Manual of the Civil Veterinary Department, Central Provinces and Berar
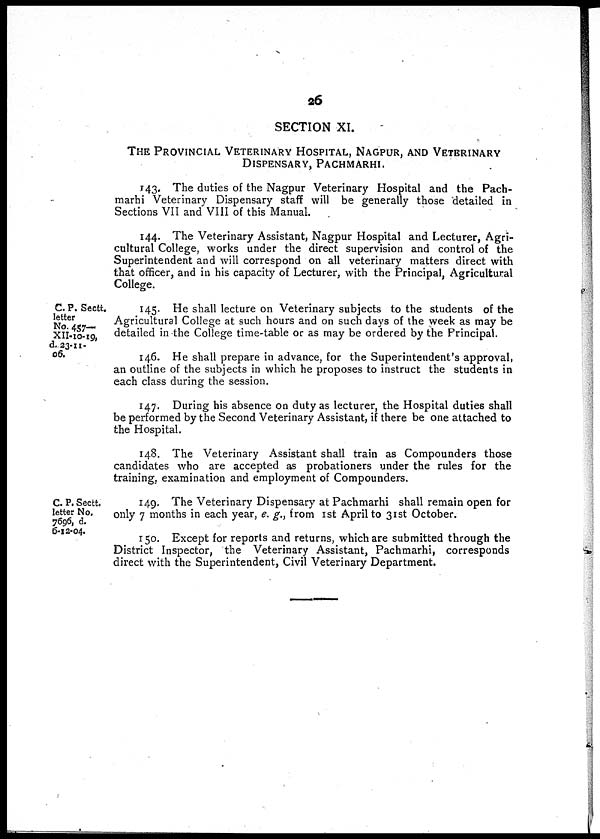
26
SECTION XI.
THE PROVINCIAL VETERINARY HOSPITAL, NAGPUR, AND VETERINARY
DISPENSARY, PACHMARHI.
143. The duties of the Nagpur Veterinary Hospital and the Pach-
marhi Veterinary Dispensary staff will be generally those detailed in
Sections VII and VIII of this Manual.
144. The Veterinary Assistant, Nagpur Hospital and Lecturer, Agri-
cultural College, works under the direct supervision and control of the
Superintendent and will correspond on all veterinary matters direct with
that officer, and in his capacity of Lecturer, with the Principal, Agricultural
College.
C. P. Sectt.
letter
No. 457—
No.457—
d. 23-11-
06.
145. He shall lecture on Veterinary subjects to the students of the
Agricultural College at such hours and on such days of the week as may be
detailed in the College time-table or as may be ordered by the Principal.
146. He shall prepare in advance, for the Superintendent's approval,
an outline of the subjects in which he proposes to instruct the students in
each class during the session.
147. During his absence on duty as lecturer, the Hospital duties shall
be performed by the Second Veterinary Assistant, if there be one attached to
the Hospital.
148. The Veterinary Assistant shall train as Compounders those
candidates who are accepted as probationers under the rules for the
training, examination and employment of Compounders.
C. P. Sectt.
letter No.
7696, d.
6-12-04.
149. The Veterinary Dispensary at Pachmarhi shall remain open for
only 7 months in each year, e. g., from 1st April to 31st October.
150. Except for reports and returns, which are submitted through the
District Inspector, the Veterinary Assistant, Pachmarhi, corresponds
direct with the Superintendent, Civil Veterinary Department.